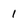
Character: 1